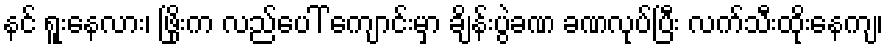
နင် ရူးနေလား၊ ဖြိုးက လည်ပေါ် ကျောင်းမှာ ချိန်းပွဲခဏ ခဏလုပ်ပြီး လက်သီးထိုးနေကျ၊